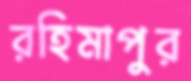
রহিমাপুর